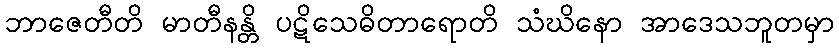
ဘာဇေတီတိ မာတီနန္တိ ပဋိသေဓိတာရောတိ သံဃိနော အာဒေသဘူတမှာ